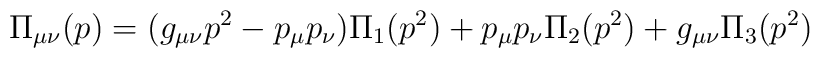
\Pi_{\mu \nu}(p)=(g_{\mu \nu}p^2-p_{\mu}p_{\nu}) \Pi_1(p^2)+ p_{\mu}p_{\nu}\Pi_2(p^2)+g_{\mu \nu} \Pi_3(p^2)